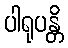
ပါရုပန္တိ